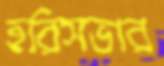
হরিসভার